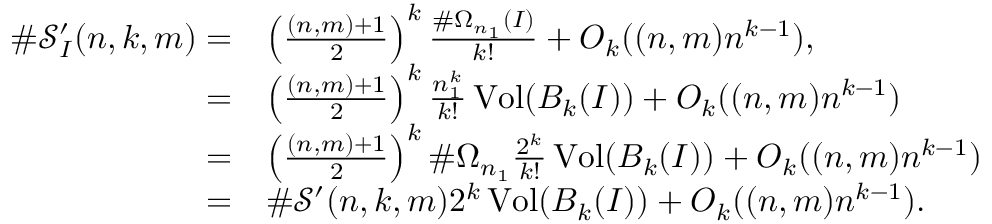
\begin{array} { r l } { \# \mathcal { S } _ { I } ^ { \prime } ( n , k , m ) = } & { \left( \frac { ( n , m ) + 1 } { 2 } \right) ^ { k } \frac { \# \Omega _ { n _ { 1 } } ( I ) } { k ! } + O _ { k } ( ( n , m ) n ^ { k - 1 } ) , } \\ { = } & { \left( \frac { ( n , m ) + 1 } { 2 } \right) ^ { k } \frac { n _ { 1 } ^ { k } } { k ! } \operatorname { V o l } ( B _ { k } ( I ) ) + O _ { k } ( ( n , m ) n ^ { k - 1 } ) } \\ { = } & { \left( \frac { ( n , m ) + 1 } { 2 } \right) ^ { k } \# \Omega _ { n _ { 1 } } \frac { 2 ^ { k } } { k ! } \operatorname { V o l } ( B _ { k } ( I ) ) + O _ { k } ( ( n , m ) n ^ { k - 1 } ) } \\ { = } & { \# \mathcal { S } ^ { \prime } ( n , k , m ) 2 ^ { k } \operatorname { V o l } ( B _ { k } ( I ) ) + O _ { k } ( ( n , m ) n ^ { k - 1 } ) . } \end{array}